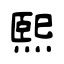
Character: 熙